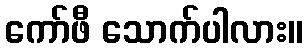
ကော်ဖီ သောက်ပါလား။